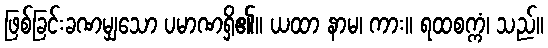
ဖြစ်ခြင်းခဏမျှသော ပမာဏရှိ၏။ ယထာ နာမ၊ ကား။ ရထစက္ကံ၊ သည်။